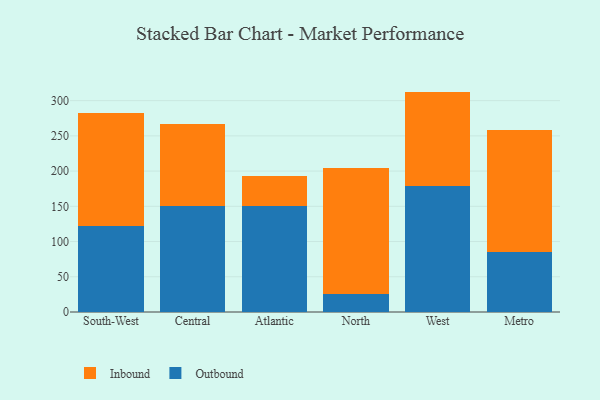
{"axis": {"x": "Region", "y": "Churn Rate (%)"}, "legend": ["Inbound", "Outbound"], "data": [{"x": "South-West", "y": 121.7, "type": "Outbound"}, {"x": "South-West", "y": 160.2, "type": "Inbound"}, {"x": "Central", "y": 150.0, "type": "Outbound"}, {"x": "Central", "y": 117.0, "type": "Inbound"}, {"x": "Atlantic", "y": 150.1, "type": "Outbound"}, {"x": "Atlantic", "y": 43.3, "type": "Inbound"}, {"x": "North", "y": 25.1, "type": "Outbound"}, {"x": "North", "y": 179.6, "type": "Inbound"}, {"x": "West", "y": 179.5, "type": "Outbound"}, {"x": "West", "y": 133.3, "type": "Inbound"}, {"x": "Metro", "y": 85.8, "type": "Outbound"}, {"x": "Metro", "y": 172.3, "type": "Inbound"}]}